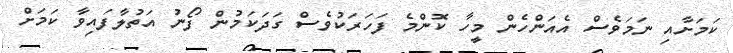
ކަމަށާއި ނަމަވެސް އެއަންހެން މީހާ ކޮންމެ ފަހަރަކުވެސް ގަދަކަމުން ފޯނު އަތުލާފައިވާ ކަމަށް